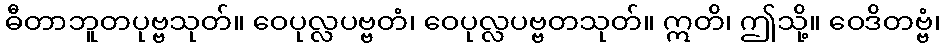
ဓီတာဘူတပုဗ္ဗသုတ်။ ဝေပုလ္လပဗ္ဗတံ၊ ဝေပုလ္လပဗ္ဗတသုတ်။ ဣတိ၊ ဤသို့။ ဝေဒိတဗ္ဗံ၊